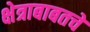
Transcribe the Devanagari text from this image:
क्षेत्राबाबतचे